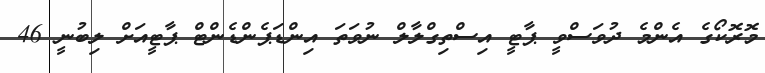
މޮރޮކޯގެ އެންމެ ދުވަސްވީ ޕާޓީ އިސްތިގްލާލް ނުވަތަ އިންޑަޕެންޑެންޓް ޕާޓީއަށް ލިބުނީ 46